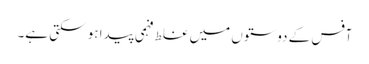
آفس کے دوستوں میں غلط فہمی پیدا ہو سکتی ہے۔